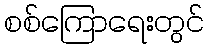
စစ်ကြောရေးတွင်